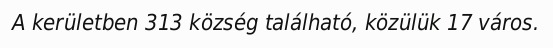
A kerületben 313 község található, közülük 17 város.